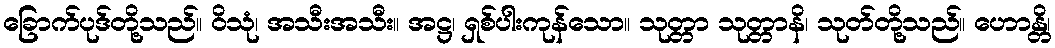
ခြောက်ပုဒ်တို့သည်။ ဝိသုံ၊ အသီးအသီး။ အဋ္ဌ၊ ရှစ်ပါးကုန်သော။ သုတ္တာ သုတ္တာနိ၊ သုတ်တို့သည်။ ဟောန္တိ၊